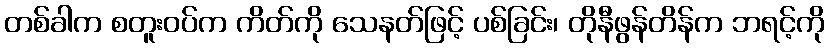
တစ်ခါက စတူးဝပ်က ကိတ်ကို သေနတ်ဖြင့် ပစ်ခြင်း၊ တိုနီဖွန်တိန်က ဘရင့်ကို